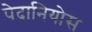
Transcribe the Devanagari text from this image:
पेदानियोस